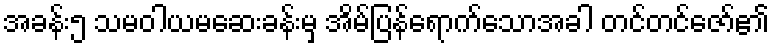
အခန်း၅ သမဝါယမဆေးခန်းမှ အိမ်ပြန်ရောက်သောအခါ တင်တင်ဇော်၏